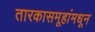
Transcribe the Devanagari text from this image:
तारकासमूहांमधून